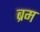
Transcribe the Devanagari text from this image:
ब्रम